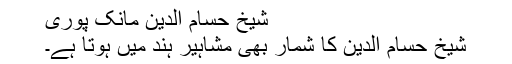
شیخ حسام الدین مانک پوری
شیخ حسام الدین کا شمار بھی مشاہیر ہند میں ہوتا ہے۔